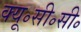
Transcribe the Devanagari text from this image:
क्यू॰सी॰सी॰